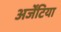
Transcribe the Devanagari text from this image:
अर्जेंटिया